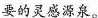
要的灵感源泉